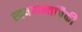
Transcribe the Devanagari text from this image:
स्वयंपाक्यांपैकी